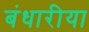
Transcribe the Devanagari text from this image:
बंधारीया